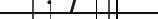
٥